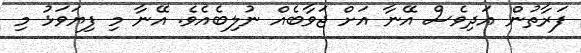
ފަރާތުން އަދިވެސް އޭނާ އަށް ޖަވާބެއް ނުލިބެއެވެ. އޭނާ މި ފިޔަވަޅު މި